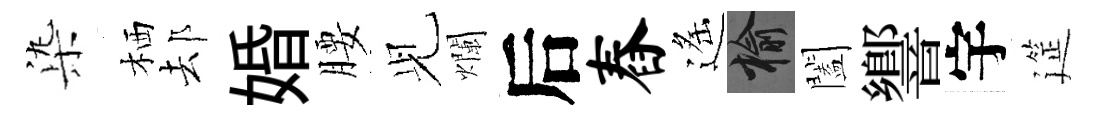
𣑱栖𨚫婚腰𫤗爛后舂遙榆闔響宇筵